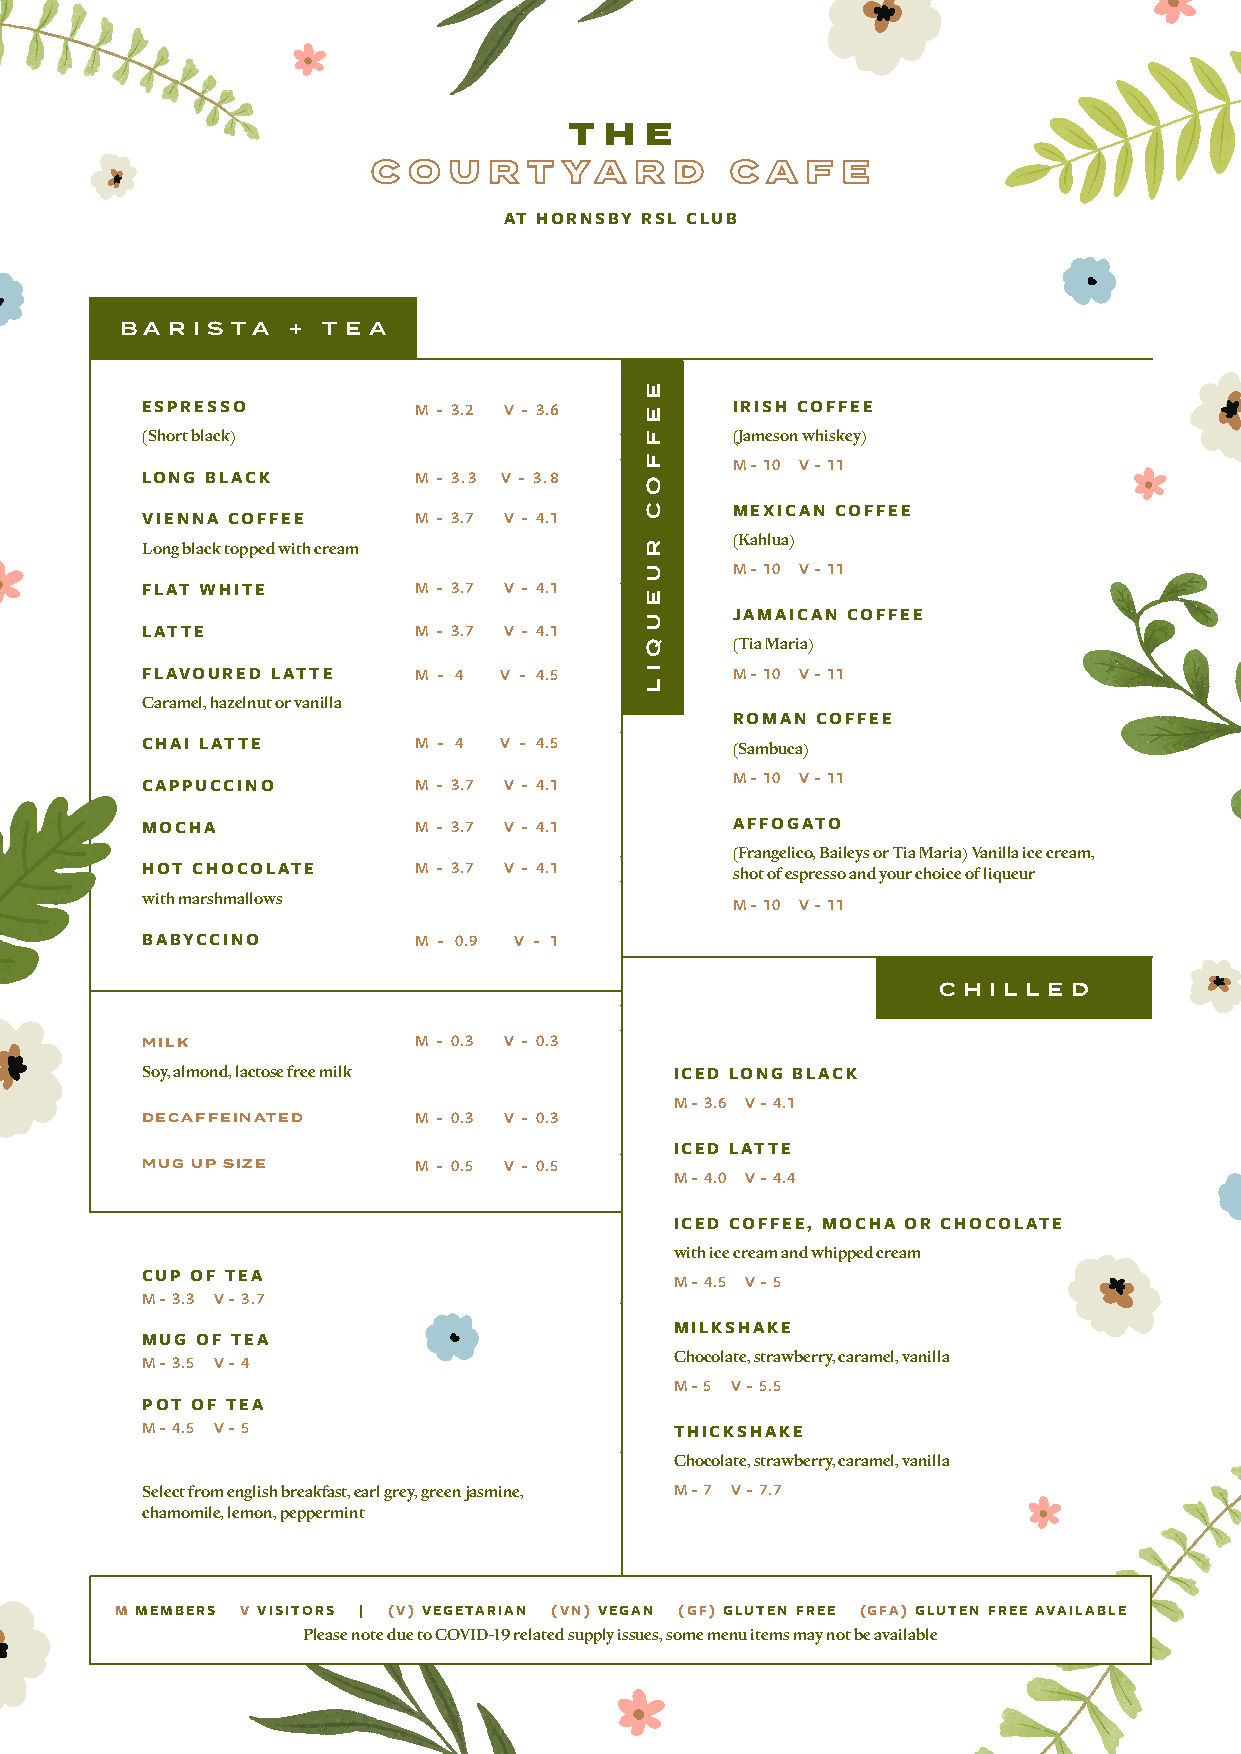
T H  E
 C O  U R  T YA   R  D  C  A F  E
 AT HORNSBY RSL CLUB
 B A R I S TA + T E A
 ESPRESSO          M - 3.2 V - 3.6       IRISH COFFEE
 (Short black)                           (Jameson whiskey)
 M - 10 V - 11
 LONG BLACK        M - 3.3 V - 3.8
 MEXICAN COFFEE
 VIENNA COFFEE     M - 3.7 V - 4.1
 (Kahlua) Long black topped with cream
 M - 10 V - 11
 FLAT WHITE        M - 3.7 V - 4.1
 JAMAICAN COFFEE
 LATTE             M - 3.7 V - 4.1
 (Tia Maria)
 FLAVOURED LATTE   M - 4 V - 4.5         M - 10 V - 11
 Caramel, hazelnut or vanilla
 ROMAN COFFEE
 CHAI LATTE        M - 4 V - 4.5         (Sambuca)
 M - 10 V - 11
 CAPPUCCINO        M - 3.7 V - 4.1
 MOCHA             M - 3.7 V - 4.1       AFFOGATO
 (Frangelico, Baileys or Tia Maria) Vanilla ice cream,
 HOT CHOCOLATE     M - 3.7 V - 4.1       shot of espresso and your choice of liqueur
 with marshmallows
 M - 10 V - 11
 BABYCCINO         M - 0.9 V - 1
 C H I L L E D
 MILK              M - 0.3 V - 0.3
 Soy, almond, lactose free milk      ICED LONG BLACK
 M - 3.6 V - 4.1
 DECAFFEINATED     M - 0.3 V - 0.3
 ICED LATTE
 MUG UP SIZE       M - 0.5 V - 0.5
 M - 4.0 V - 4.4
 ICED COFFEE, MOCHA OR CHOCOLATE
 with ice cream and whipped cream
 CUP OF TEA
 M - 4.5 V - 5
 M - 3.3 V - 3.7
 MILKSHAKE
 MUG OF TEA
 Chocolate, strawberry, caramel, vanilla
 M - 3.5 V - 4
 M - 5 V - 5.5
 POT OF TEA
 M - 4.5 V - 5                       THICKSHAKE
 Chocolate, strawberry, caramel, vanilla
 Select from english breakfast, earl grey, green jasmine, M - 7 V - 7.7
 chamomile, lemon, peppermint
 M MEMBERS V VISITORS | (V) VEGETARIAN (VN) VEGAN (GF) GLUTEN FREE (GFA) GLUTEN FREE AVAILABLE
 Please note due to COVID-19 related supply issues, some menu items may not be available
 E
 E
 F
 F
 O
 C
 R
 U
 E
 U
 Q
 I
 L